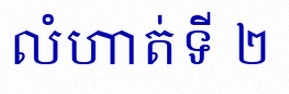
លំហាត់ទី ២